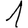
Digit: 1